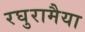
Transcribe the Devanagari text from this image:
रघुरामैया